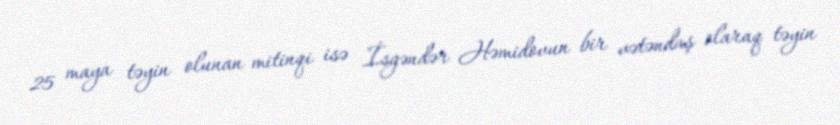
25 maya təyin olunan mitinqi isə İsgəndər Həmidovun bir vətəndaş olaraq təyin